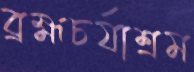
ব্রহ্মচর্যাশ্রম